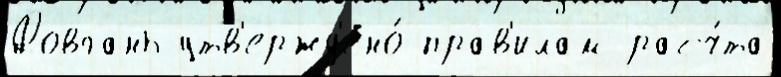
Довгань утв'ержд'ено́ прав'илам расч́та